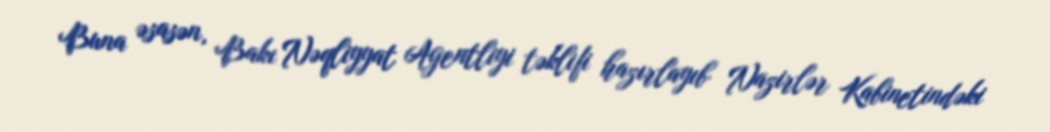
Buna əsasən, Bakı Nəqliyyat Agentliyi təklifi hazırlayıb Nazirlər Kabinetindəki